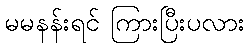
မမနန်းရင် ကြားပြီးပလား